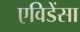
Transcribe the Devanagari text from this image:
एविडेंसा